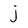
Character: j